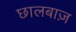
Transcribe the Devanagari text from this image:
छालबाज़